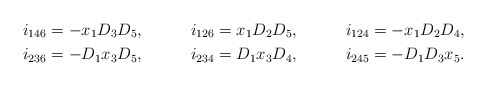
\begin{align*}i_{146} &=-x_1D_3D_5, & i_{126} &= x_1D_2D_5, & i_{124} &= -x_1D_2D_4,\\i_{236} &=-D_1x_3D_5, & i_{234} &= D_1x_3D_4, & i_{245} &= -D_1D_3x_5.\end{align*}